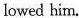
lowed him.